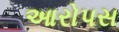
આરોપસ